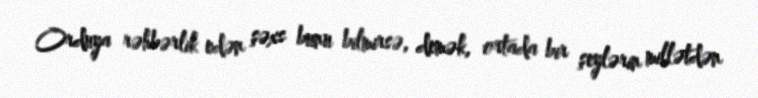
Orduya rəhbərlik edən şəxs bunu bilmirsə, demək, ortada bir şeylərin millətdən